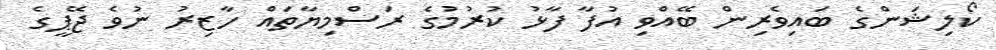
ކޯލިޝަންގެ ބައިވެރިން ބޭއްވި އުފާ ފާޅު ކުރުމުގެ ރަސްމިޔާތައް ހާޒިރު ނުވެ ޖޭޕީގެ